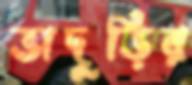
ভাদুড়ির